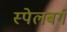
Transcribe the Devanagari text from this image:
स्पेलबर्ग